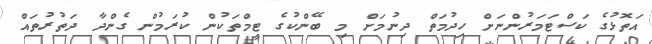
އަތޮޅުގެ ކަސްޓަމަރުންނަށް ހިދުމަތް ދިނުމަށް މި ބޭންކުގެ ޓީމްތަކުން ކުރަމުން ގެންދާ ދަތުރުތައް